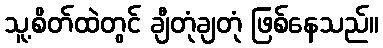
သူ့စိတ်ထဲတွင် ချီတုံချတုံ ဖြစ်နေသည်။